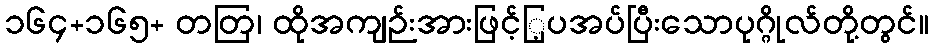
၁၆၄+၁၆၅+ တတြ၊ ထိုအကျဉ်းအားဖြင့်ြ့ပအပ်ပြီးသောပုဂ္ဂိုလ်တို့တွင်။